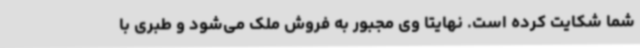
شما شکایت کرده است. نهایتا وی مجبور به فروش ملک می‌شود و طبری با